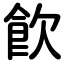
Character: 飮